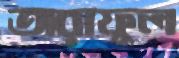
তারাফুল